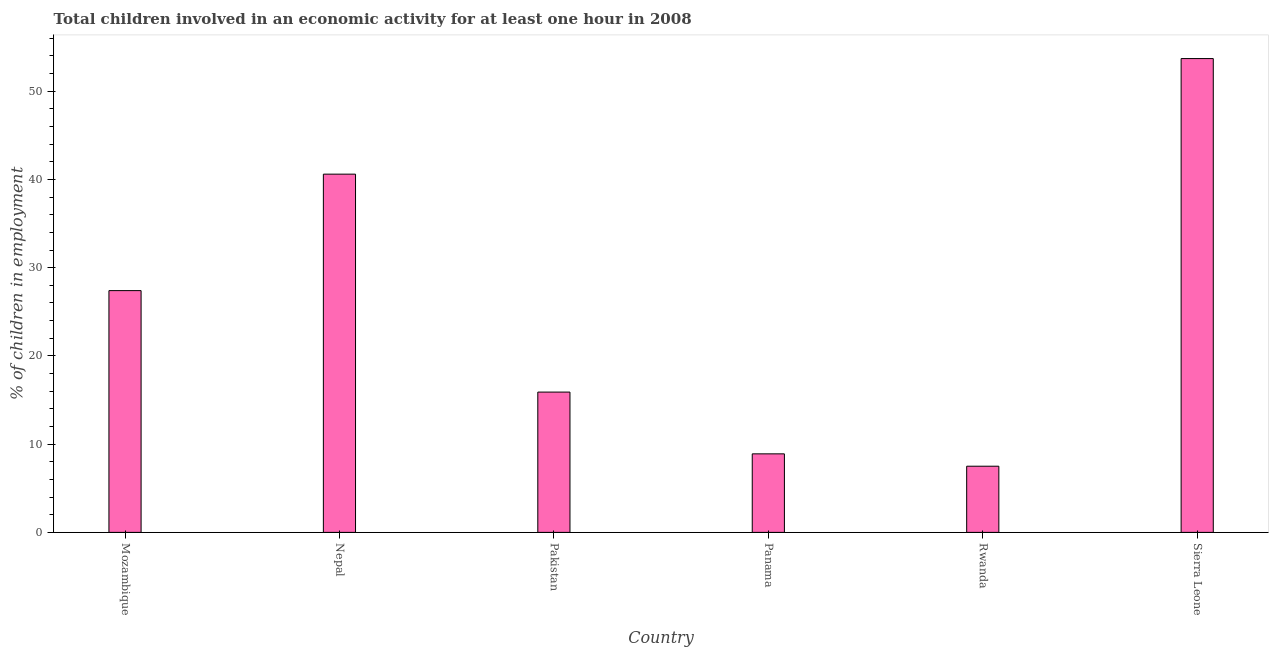
| Country | Children in employment |
 | --- | --- |
 | Mozambique | 27.4 |
 | Nepal | 40.6 |
 | Pakistan | 15.9 |
 | Panama | 8.9 |
 | Rwanda | 7.5 |
 | Sierra Leone | 53.7 |